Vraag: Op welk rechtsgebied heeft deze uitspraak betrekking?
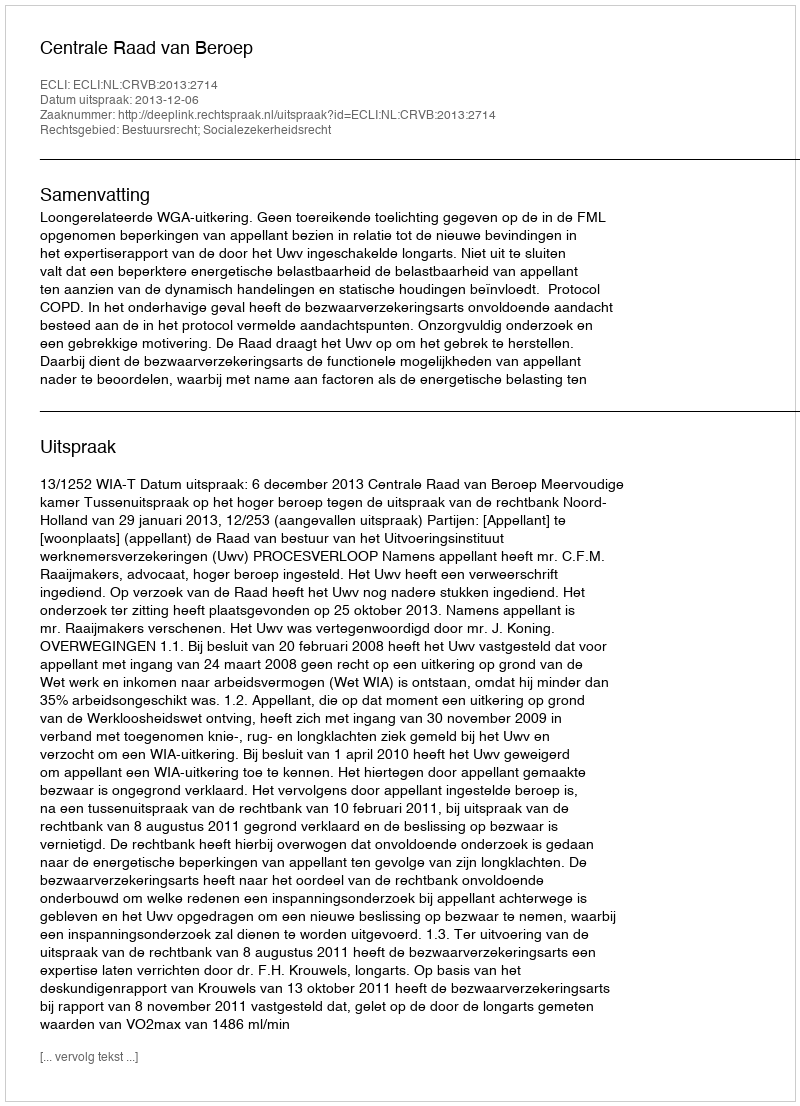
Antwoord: Bestuursrecht; Socialezekerheidsrecht